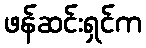
ဖန်ဆင်းရှင်က